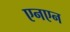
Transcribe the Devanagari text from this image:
एनएन